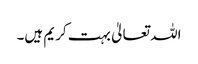
اللہ تعالیٰ بہت کریم ہیں۔